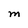
Character: M